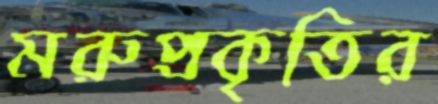
মরুপ্রকৃতির